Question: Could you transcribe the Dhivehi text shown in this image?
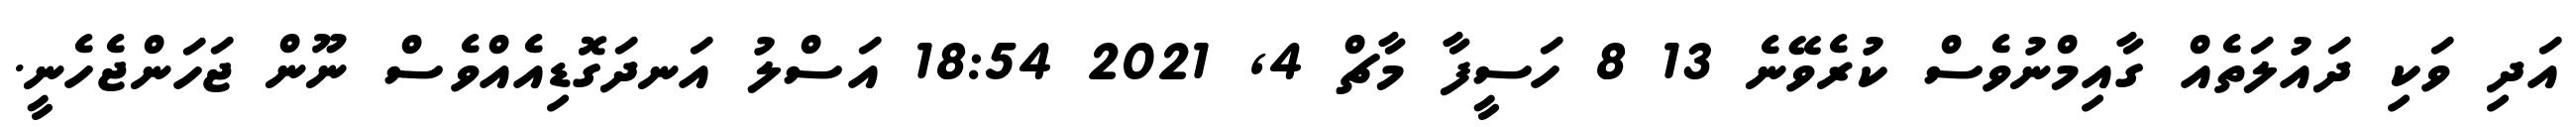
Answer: އަދި ވަކި ދައުލަތެއް ގާއިމްނުވެސް ކުރެވޭނެ 13 8 ހަސީފާ މާޗް 4, 2021 18:54 އަސްލު އަނދަގޮޑިއެއްވެސް ނޫން ޖަހަންޖެހެނީ.